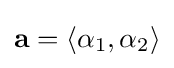
\mathbf {a} =\langle \alpha _{1},\alpha _{2}\rangle